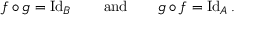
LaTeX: f \circ g = \operatorname { I d } _ { B } \qquad { \mathrm { a n d } } \qquad g \circ f = \operatorname { I d } _ { A } .